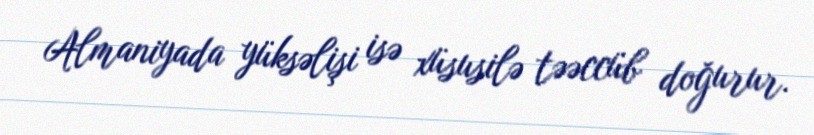
Almaniyada yüksəlişi isə xüsusilə təəccüb doğurur.